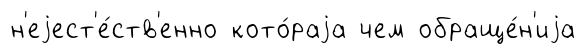
н'еjест'е́ств'енно кото́раjа чем обраще́н'иjа